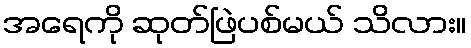
အရေကို ဆုတ်ဖြဲပစ်မယ် သိလား။